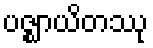
ပဇ္ဈာယိတဿု